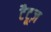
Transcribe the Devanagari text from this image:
टैटूज़